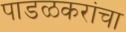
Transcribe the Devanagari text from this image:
पाडळकरांचा